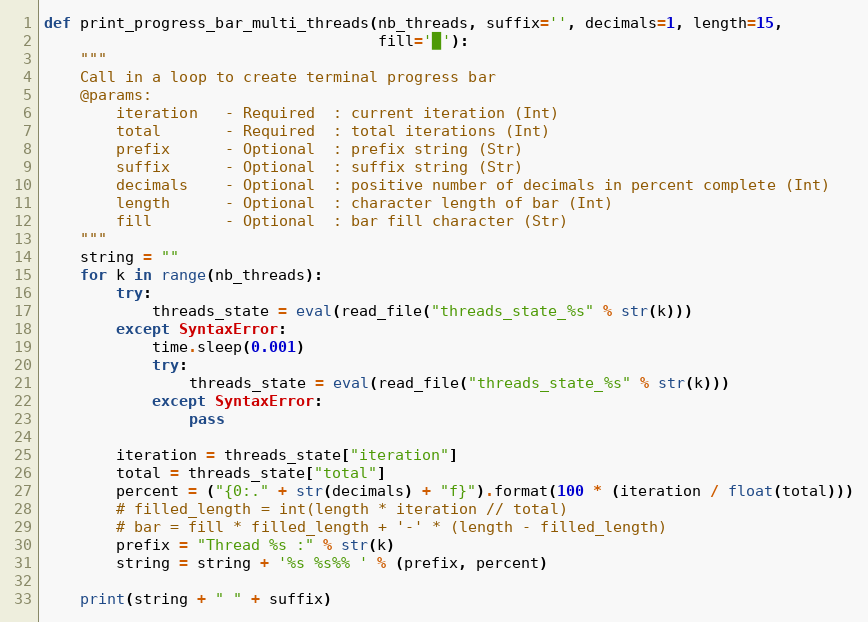
Language: Python
def print_progress_bar_multi_threads(nb_threads, suffix='', decimals=1, length=15,
                                     fill='█'):
    """
    Call in a loop to create terminal progress bar
    @params:
        iteration   - Required  : current iteration (Int)
        total       - Required  : total iterations (Int)
        prefix      - Optional  : prefix string (Str)
        suffix      - Optional  : suffix string (Str)
        decimals    - Optional  : positive number of decimals in percent complete (Int)
        length      - Optional  : character length of bar (Int)
        fill        - Optional  : bar fill character (Str)
    """
    string = ""
    for k in range(nb_threads):
        try:
            threads_state = eval(read_file("threads_state_%s" % str(k)))
        except SyntaxError:
            time.sleep(0.001)
            try:
                threads_state = eval(read_file("threads_state_%s" % str(k)))
            except SyntaxError:
                pass

        iteration = threads_state["iteration"]
        total = threads_state["total"]
        percent = ("{0:." + str(decimals) + "f}").format(100 * (iteration / float(total)))
        # filled_length = int(length * iteration // total)
        # bar = fill * filled_length + '-' * (length - filled_length)
        prefix = "Thread %s :" % str(k)
        string = string + '%s %s%% ' % (prefix, percent)

    print(string + " " + suffix)